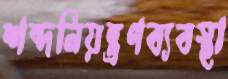
শব্দনিয়ন্ত্রণব্যবস্থা